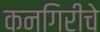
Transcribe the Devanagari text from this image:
कनगिरीचे